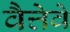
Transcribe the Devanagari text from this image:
वैत्तेवे